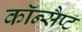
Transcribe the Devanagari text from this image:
कॉन्सैप्ट